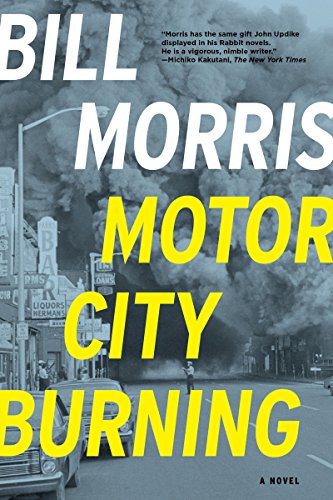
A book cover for Motor City Burning: A Novel; Bill Morris; Mystery, Thriller & Suspense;